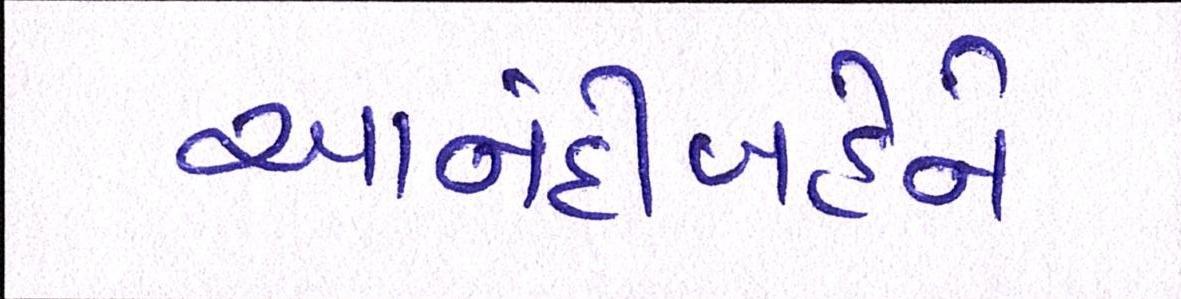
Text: આનંદીબહેને